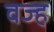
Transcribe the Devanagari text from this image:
वज्ह